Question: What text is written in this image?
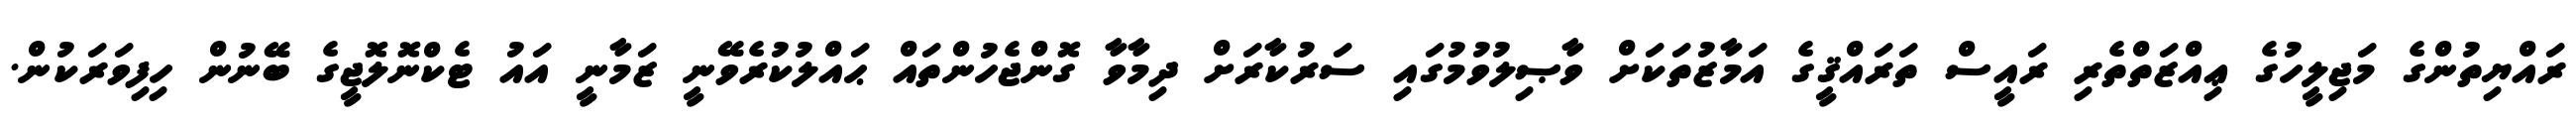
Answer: ރައްޔިތުންގެ މަޖިލީހުގެ ޢިއްޒަތްތެރި ރައީސް ތަރައްޤީގެ އަމާޒުތަކަށް ވާޞިލުވުމުގައި ސަރުކާރަށް ދިމާވާ ގޮންޖެހުންތައް ޙައްލުކުރެވޭނީ ޒަމާނީ އައު ޓެކްނޮލޮޖީގެ ބޭނުން ހިފިވަރަކުން.